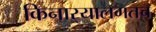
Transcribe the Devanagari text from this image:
किनार्‍यालगतच